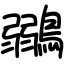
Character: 鶸